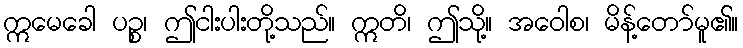
ဣမေခေါ ပဉ္စ၊ ဤငါးပါးတို့သည်။ ဣတိ၊ ဤသို့။ အဝေါစ၊ မိန့်တော်မူ၏။